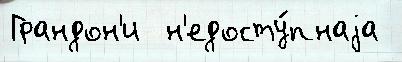
Грандон'и  н'едосту́пнаjа